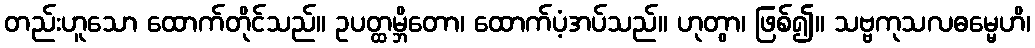
တည်းဟူသော ထောက်တိုင်သည်။ ဥပတ္ထမ္ဘိတော၊ ထောက်ပံ့အပ်သည်။ ဟုတွာ၊ ဖြစ်၍။ သဗ္ဗကုသလဓမ္မေဟိ၊